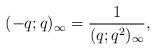
LaTeX: \begin{align*}(-q;q)_\infty=\dfrac{1}{(q;q^2)_\infty},\end{align*}